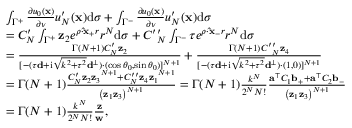
\begin{array} { r l } & { \int _ { { \Gamma ^ { + } } } { { \frac { \partial { u _ { 0 } } ( { \bf { x } } ) } { \partial \nu } } } { u _ { N } ^ { \prime } } ( { \bf { x } } ) \mathrm { { d } } \sigma + \int _ { { \Gamma ^ { - } } } { { \frac { \partial { u _ { 0 } } ( { \bf { x } } ) } { \partial \nu } } } { u _ { N } ^ { \prime } } ( { \bf { x } } ) { \mathrm { d } } \sigma } \\ & { = C _ { N } ^ { \prime } \int _ { \Gamma ^ { + } } { \mathbf z _ { 2 } e ^ { \rho \cdot \mathbf { \hat { x } _ { + } } r } { r ^ { N } } \mathrm { { d } } \sigma } + C ^ { \prime } { ' _ { N } } \int _ { \Gamma ^ { - } } \tau { e ^ { \rho \cdot \mathbf { \hat { x } _ { - } } r } } { r ^ { N } } { \mathrm { d } } \sigma } \\ & { = { \frac { { \Gamma ( N + 1 ) } C _ { N } ^ { \prime } { \mathbf z _ { 2 } } } { { [ - ( \tau \mathbf { d } + \mathrm { i } \sqrt { { k ^ { 2 } } + { \tau ^ { 2 } } } { \mathbf { d } ^ { \bot } } ) \cdot ( \cos { \theta _ { 0 } } , \sin { \theta _ { 0 } } ) ] ^ { N + 1 } } } } + { \frac { { \Gamma ( N + 1 ) } C ^ { \prime } { ^ { \prime } _ { N } } \mathbf z _ { 4 } } { [ { - ( \tau \mathbf { d } + \mathrm { i } \sqrt { { k ^ { 2 } } + { \tau ^ { 2 } } } { \mathbf { d } ^ { \bot } } ) \cdot ( 1 , 0 ) } ] ^ { N + 1 } } } } \\ & { = { \Gamma ( N + 1 ) } \frac { { { { { C _ { N } ^ { \prime } \mathbf z _ { 2 } \mathbf z _ { 3 } } ^ { N + 1 } } + { { C _ { N } ^ { \prime \prime } \mathbf z _ { 4 } \mathbf z _ { 1 } } ^ { N + 1 } } } } } { { { { { \left( { \mathbf z _ { 1 } \mathbf z _ { 3 } } \right) } ^ { N + 1 } } } } } = { \Gamma ( N + 1 ) } \frac { { { k ^ { N } } } } { { { 2 ^ { N } } N ! } } \frac { { { { { \mathbf { a } ^ { \top } C _ { 1 } \mathbf { b } _ { + } } } + \mathbf { a } ^ { \top } C _ { 2 } \mathbf { b } _ { - } } } } { { { { { \left( { \mathbf { z } _ { 1 } \mathbf z _ { 3 } } \right) } ^ { N + 1 } } } } } } \\ & { = { \Gamma ( N + 1 ) } \frac { { { k ^ { N } } } } { { { 2 ^ { N } } N ! } } \frac { \mathbf z } { \mathbf w } , } \end{array}